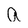
Character: a